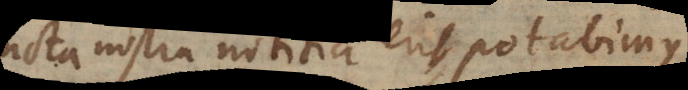
distincta nostra notitia erit, potabimus